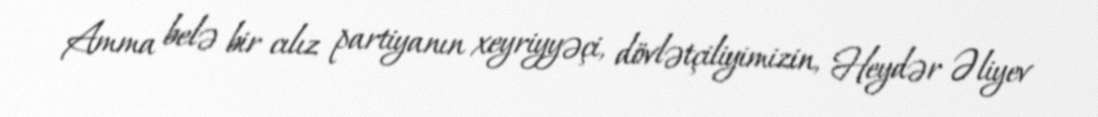
Amma belə bir cılız partiyanın xeyriyyəçi, dövlətçiliyimizin, Heydər Əliyev